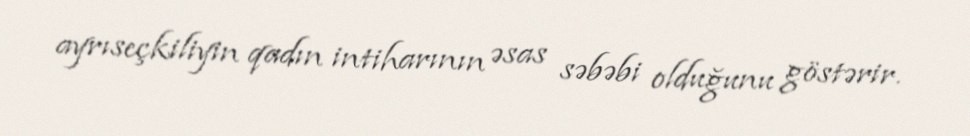
ayrıseçkiliyin qadın intiharının əsas səbəbi olduğunu göstərir.